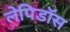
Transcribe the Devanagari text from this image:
लेपिडॉस